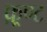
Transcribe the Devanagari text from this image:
फ़्रण्ट